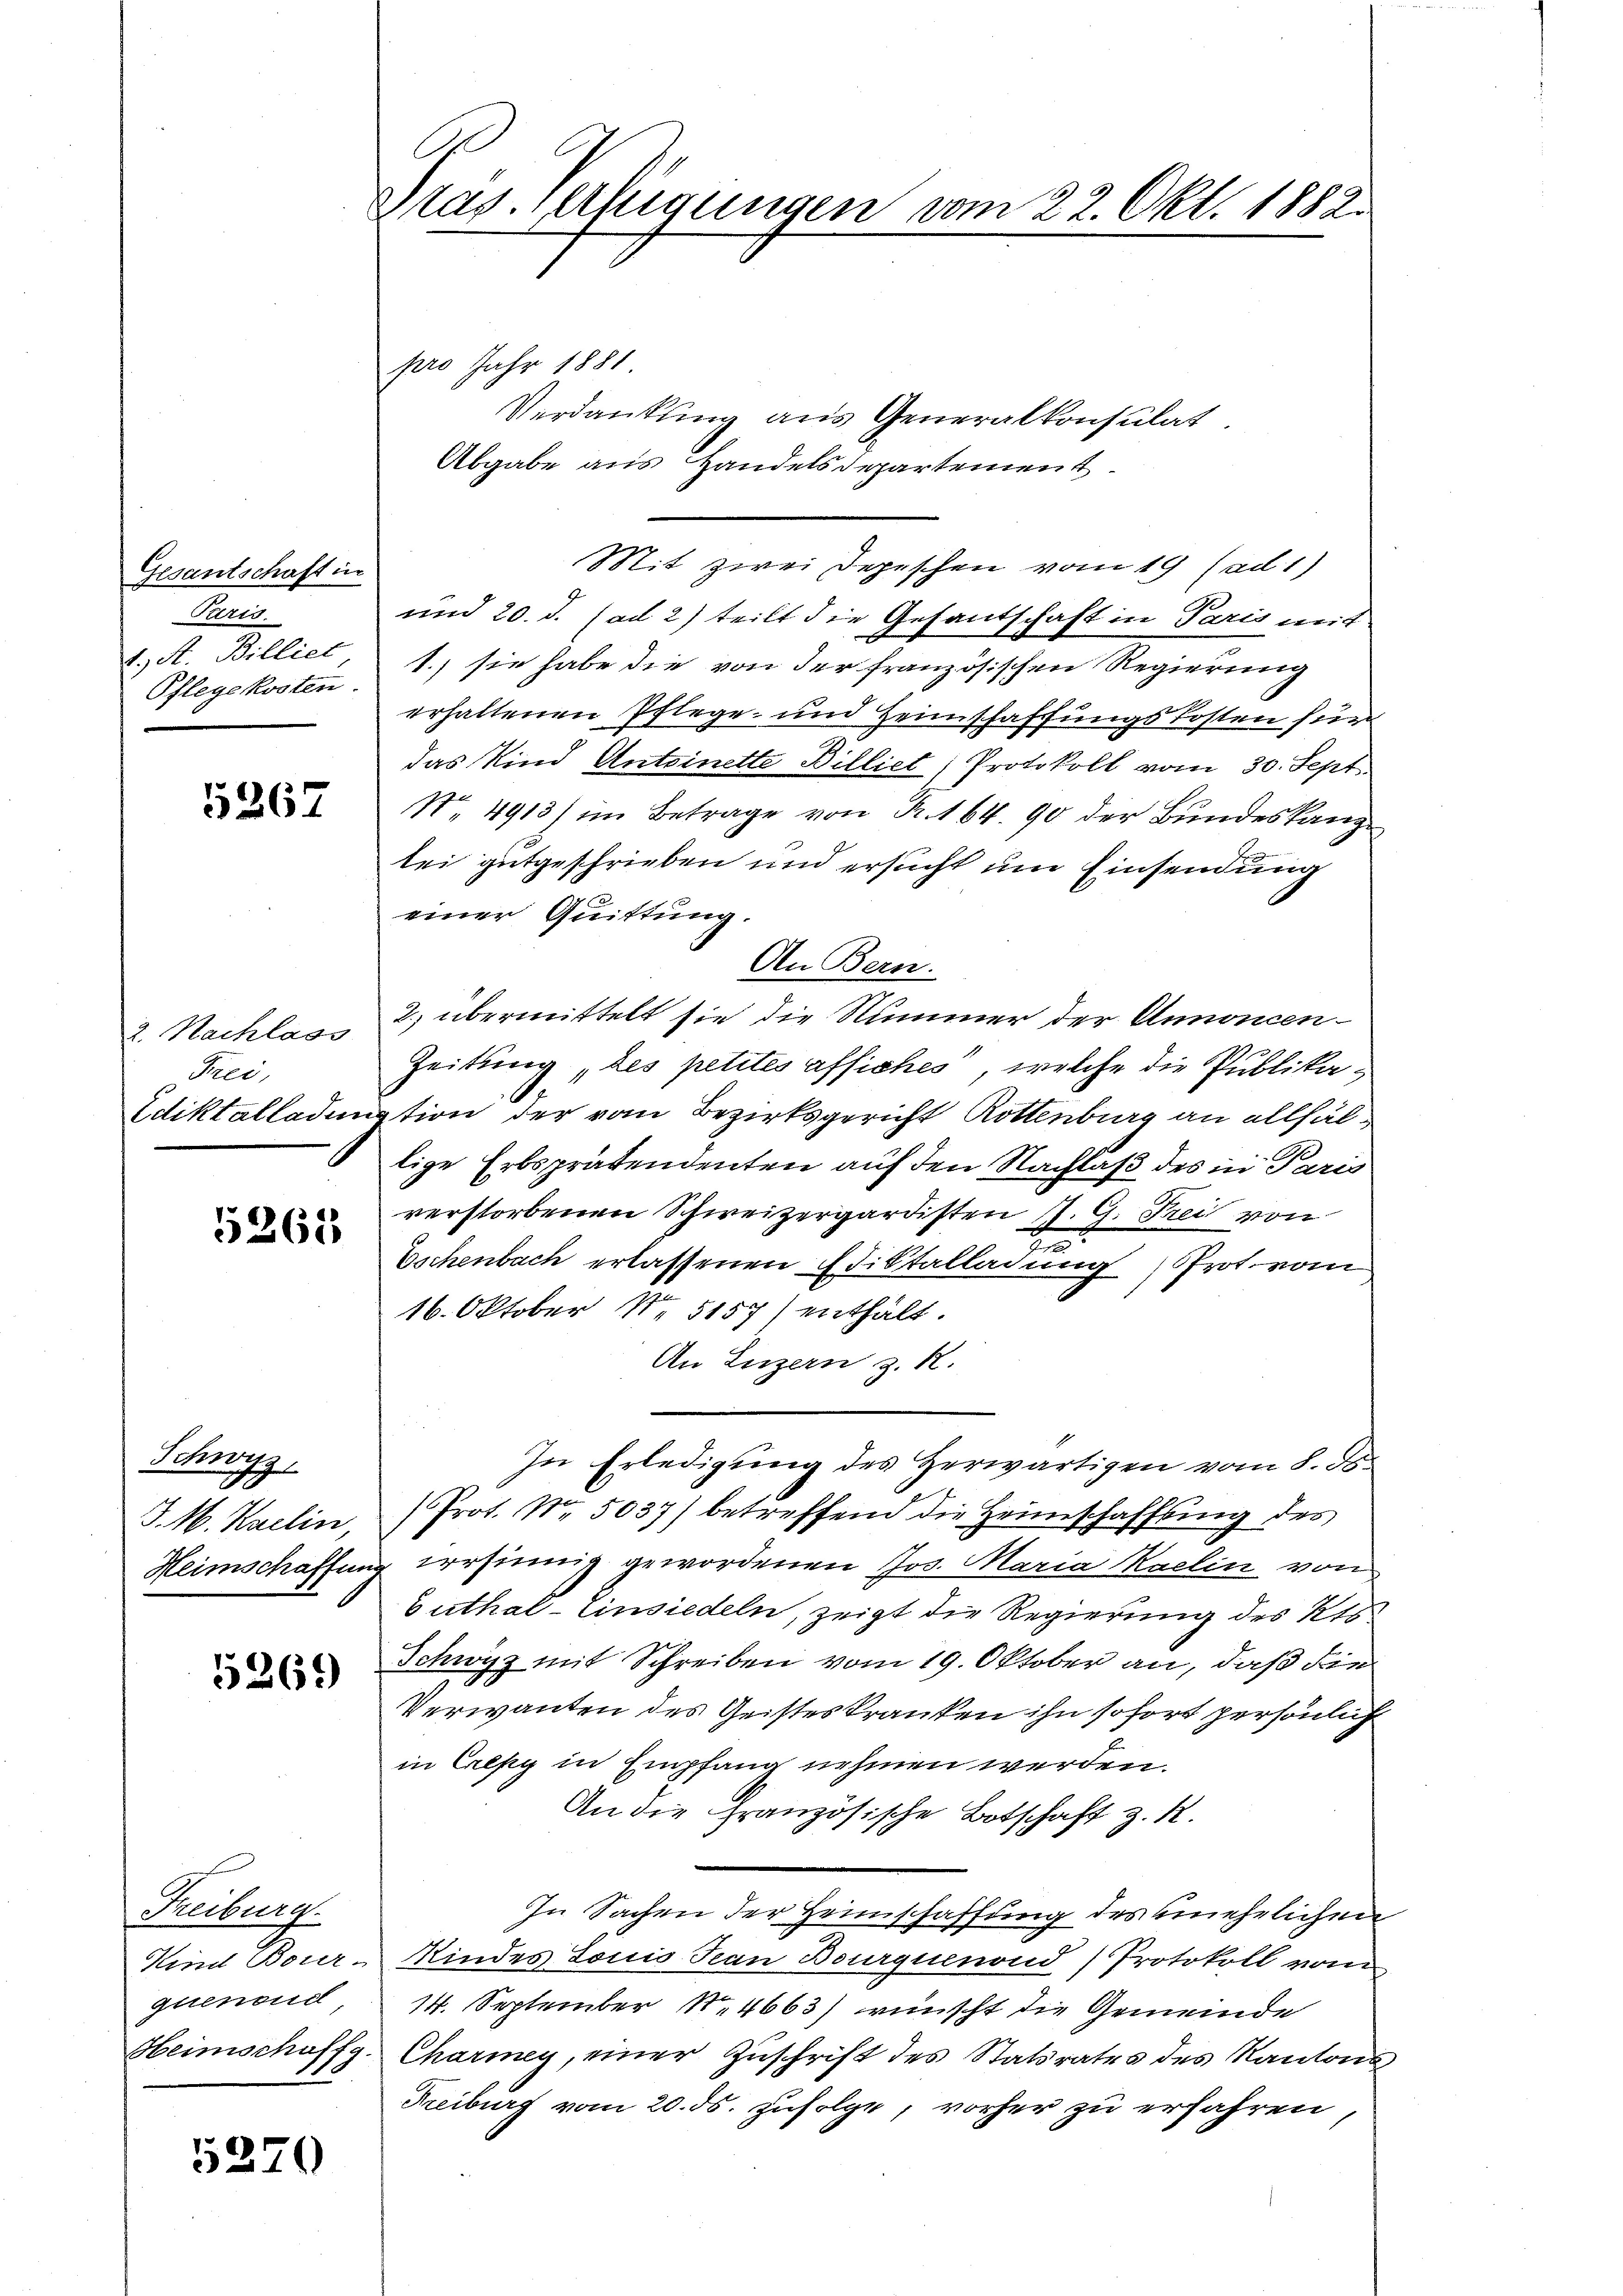
Gesantschaft in
Paris.
Pflegekosten.

5267

Frei,

15265

Schwyz,
.

5269

pro Jahr 1881
Verdankung aus Generalkonsulat
Abgabe aus Handelsdepartement
Mit zwei Depeschen vom 19 (ad 1)
und 20. d. ad 2) teilt die Gesantschaft in Paris mit
I. A. Billiet, 1.) sie habe die von der französischen Regierung
erhaltenen Pflege und Heimschaffungskosten sein
das Kind Antoinette Billiet, Protokoll vom 30. Sept.
N. 4913) im Betrage von R. 164. 90 der Bundeskanzlei gutgeschrieben und ersucht um Einsendung
einer Quittung.
An Bern.
2. Nachlags 3 übermittelt sie die Nummer der Annoncen¬
Zeitung des petites affiches, welche die Publika¬
6
Ediktallodiation der vom Bezirksgericht Rottenburg an allfällige Erbsprätendenten auf den Nachlaß des in Paris
verstorbenen Schweizergardisten P. G. Frei von
u
Doschenbach erlassenen Ediktalladung Prot vom
16. Oktober N. 5157) enthalt.
An Luzern z. B.
In Erledigung des Herwärtigen vom 8. ds.
J. M. Karlin, Prot. Nr. 5037) betreffend die Heimschaffung des
Heimschaffung versinnig gewordenen Jos. Maria Kaelin von
Guthat- Einsiedeln, zeigt die Regierung des Kts.
Schwyz mit Schreiben vom 19. Oktober an, daß die
Verwanden des Geisteskranken ihn sofort persönlich
in Crepy in Empfang nehmen werden.
An die Französische Botschaft z. R.
In Sachen der Heimschaffung des unehelichen
Kind Bour-Kindes Louis Jean Bourqumnond) Protokoll vom
14. September N. 4663) wünscht die Gemeinde
Heimschoffg. Charmey, einer Zuschrift des Statsrates des Kantons
Freiburg vom 20. ds. zufolge, vorher zu erfahren,

Trieberg.
guenonc

5270

Präs. Verfügungen vom 22. Okt. 1882.